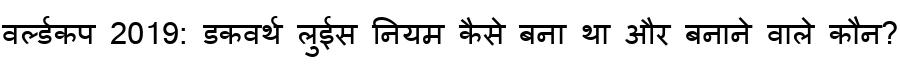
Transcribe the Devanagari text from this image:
वर्ल्डकप 2019: डकवर्थ लुईस नियम कैसे बना था और बनाने वाले कौन?